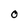
Character: O